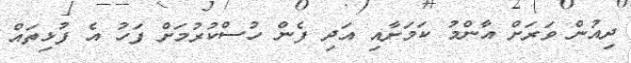
ދިއުން ވަރަށް އާންމު ކަމަށާއި އަދި ފެން ހުސްކުރުމަށް ފަހު އެ ފުޅިތައް